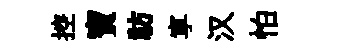
控寶祊寕汉怕